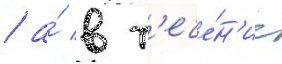
/ а́ в т'ече́н'ие